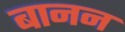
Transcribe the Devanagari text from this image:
बानन